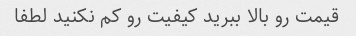
قیمت رو بالا ببرید کیفیت رو کم نکنید لطفا